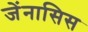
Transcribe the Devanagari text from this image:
जेंनासिस